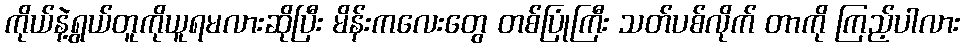
ကိုယ်နဲ့ရွယ်တူကိုယူရမလားဆိုပြီး မိန်းကလေးတွေ တစ်ပြုံကြီး သတ်ပစ်လိုက် တာကို ကြည့်ပါလား